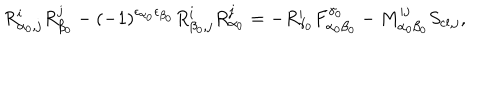
LaTeX: R _ { \alpha _ { 0 } , j } ^ { i } R _ { \beta _ { 0 } } ^ { j } - ( - 1 ) ^ { \epsilon _ { \alpha _ { 0 } } \epsilon _ { \beta _ { 0 } } } R _ { \beta _ { 0 } , j } ^ { i } R _ { \alpha _ { 0 } } ^ { j } = - R _ { \gamma _ { 0 } } ^ { i } F _ { \alpha _ { 0 } \beta _ { 0 } } ^ { \gamma _ { 0 } } - M _ { \alpha _ { 0 } \beta _ { 0 } } ^ { i j } S _ { \mathrm { c l } , j } ,